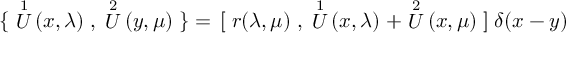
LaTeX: \{ \; \stackrel { 1 } { U } ( x , \lambda ) \; , \; \stackrel { 2 } { U } ( y , \mu ) \; \} = \, { [ } \; r ( \lambda , \mu ) \; , \; \stackrel { 1 } { U } ( x , \lambda ) \; + \stackrel { 2 } { U } ( x , \mu ) \; { ] } \; \delta ( x - y )